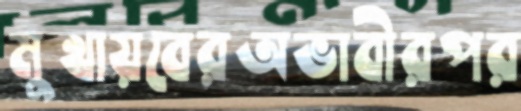
মুখায়বেরঅভাবীরপর